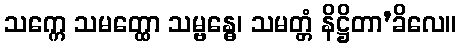
သက္ကေ သမတ္ထော သမ္ဗန္ဓေ၊ သမတ္တံ နိဋ္ဌိတာ’ခိလေ။